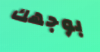
بوجهك